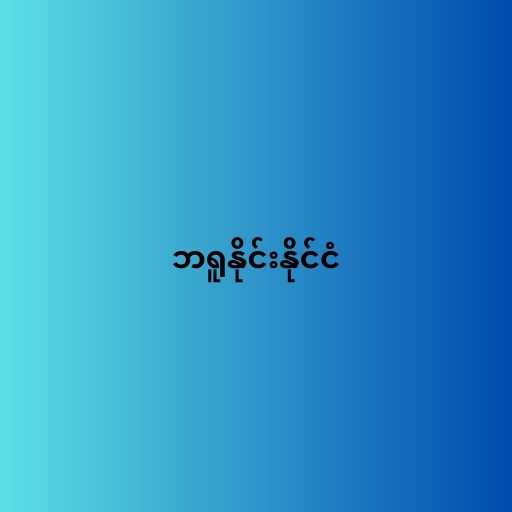
ဘရူနိုင်းနိုင်ငံ